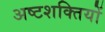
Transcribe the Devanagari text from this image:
अष्टशक्तियों